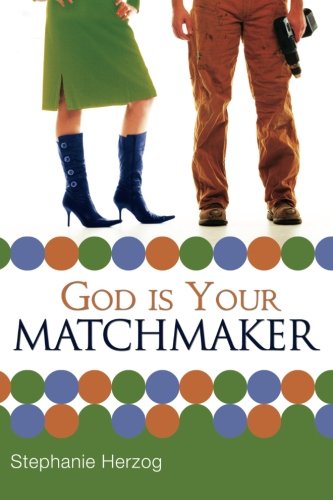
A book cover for God is Your Matchmaker; Stephanie Herzog; Self-Help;